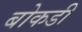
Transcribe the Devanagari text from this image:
बोकडी